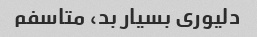
دلیوری بسیار بد، متاسفم